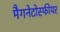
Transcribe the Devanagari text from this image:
मैगनेटोस्फीयर